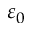
\varepsilon _ { 0 }